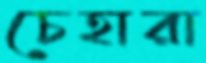
চেহারা